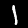
Label: 1